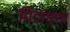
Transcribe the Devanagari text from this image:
पिंडांच्या